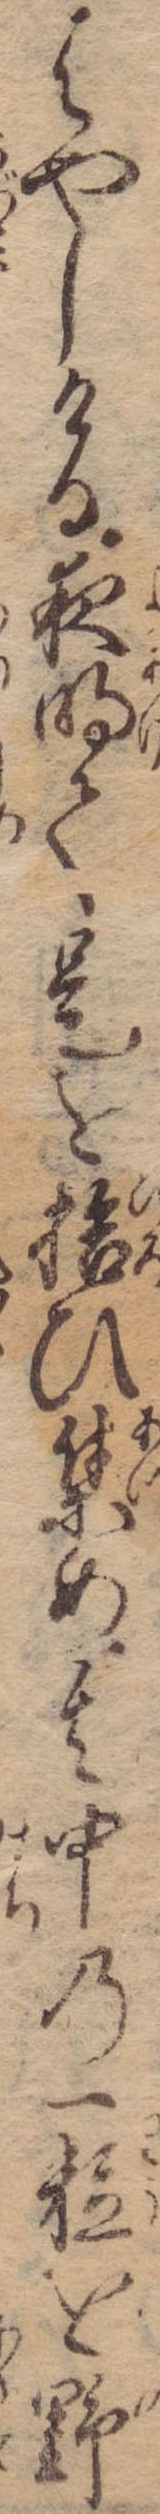
はやしける夜明て是を拾ひ集め其中の一粒を野